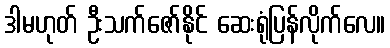
ဒါမဟုတ် ဦးသက်ဇော်နိုင် ဆေးရုံပြန်လိုက်လေ။